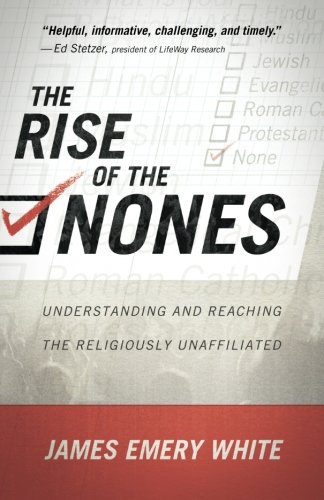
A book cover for The Rise of the Nones: Understanding and Reaching the Religiously Unaffiliated; James Emery White; Christian Books & Bibles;